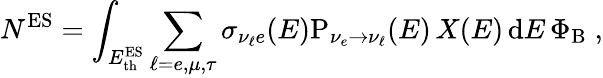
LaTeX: N^{\mathrm{ES}}=\int_{{E_{\mathrm{th}}^{\mathrm{ES}}}}\sum_{\ell=e,\mu,\tau}\sigma_{\nu_{\ell}e}(E)\mathrm{P}_{\nu_{e}\to\nu_{\ell}}(E)\, X(E)\, {\mathrm{d}}E\, \Phi_{\mathrm{B}}\; ,